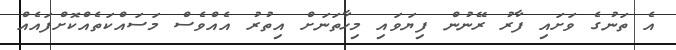
އެ ތަނުގެ ވަށައި ފާރު ރޭނުން ފިޔަވައި މިހާތަނަށް އިތުރު އެއްވެސް މަސައްކަތެއްްކޮށްފައެއް